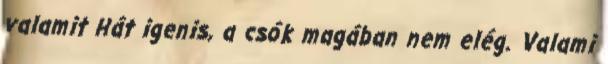
valamit Hát igenis, a csók magában nem elég. Valami